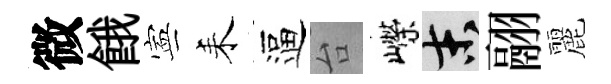
微餓寕耒逼台嶸末翮麗